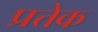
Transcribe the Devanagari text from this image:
प्रत्तेक